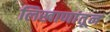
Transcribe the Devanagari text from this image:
लिखाणांतून